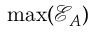
\operatorname* { m a x } ( { \mathcal { E } _ { A } } )